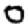
Digit: 0